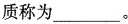
质称为 ___ 。